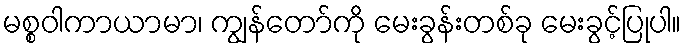
မစ္စဝါကာယာမာ၊ ကျွန်တော်ကို မေးခွန်းတစ်ခု မေးခွင့်ပြုပါ။